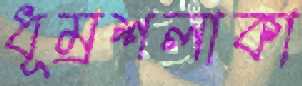
ধূম্রশলাকা